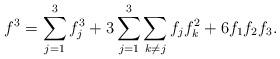
LaTeX: \begin{align*}f^3=\sum_{j=1}^3 f_j^3 + 3\sum_{j=1}^3\sum_{k\neq j} f_j f_k^2 + 6f_1f_2f_3.\end{align*}